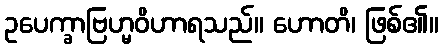
ဥပေက္ခာဗြဟ္မဝိဟာရသည်။ ဟောတိ၊ ဖြစ်၏။